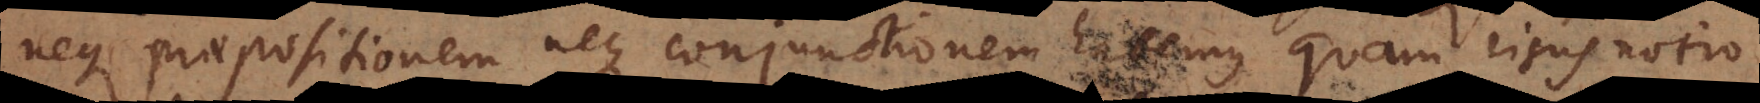
neque praepositionem neque conjunctionem habemus quam risus notio